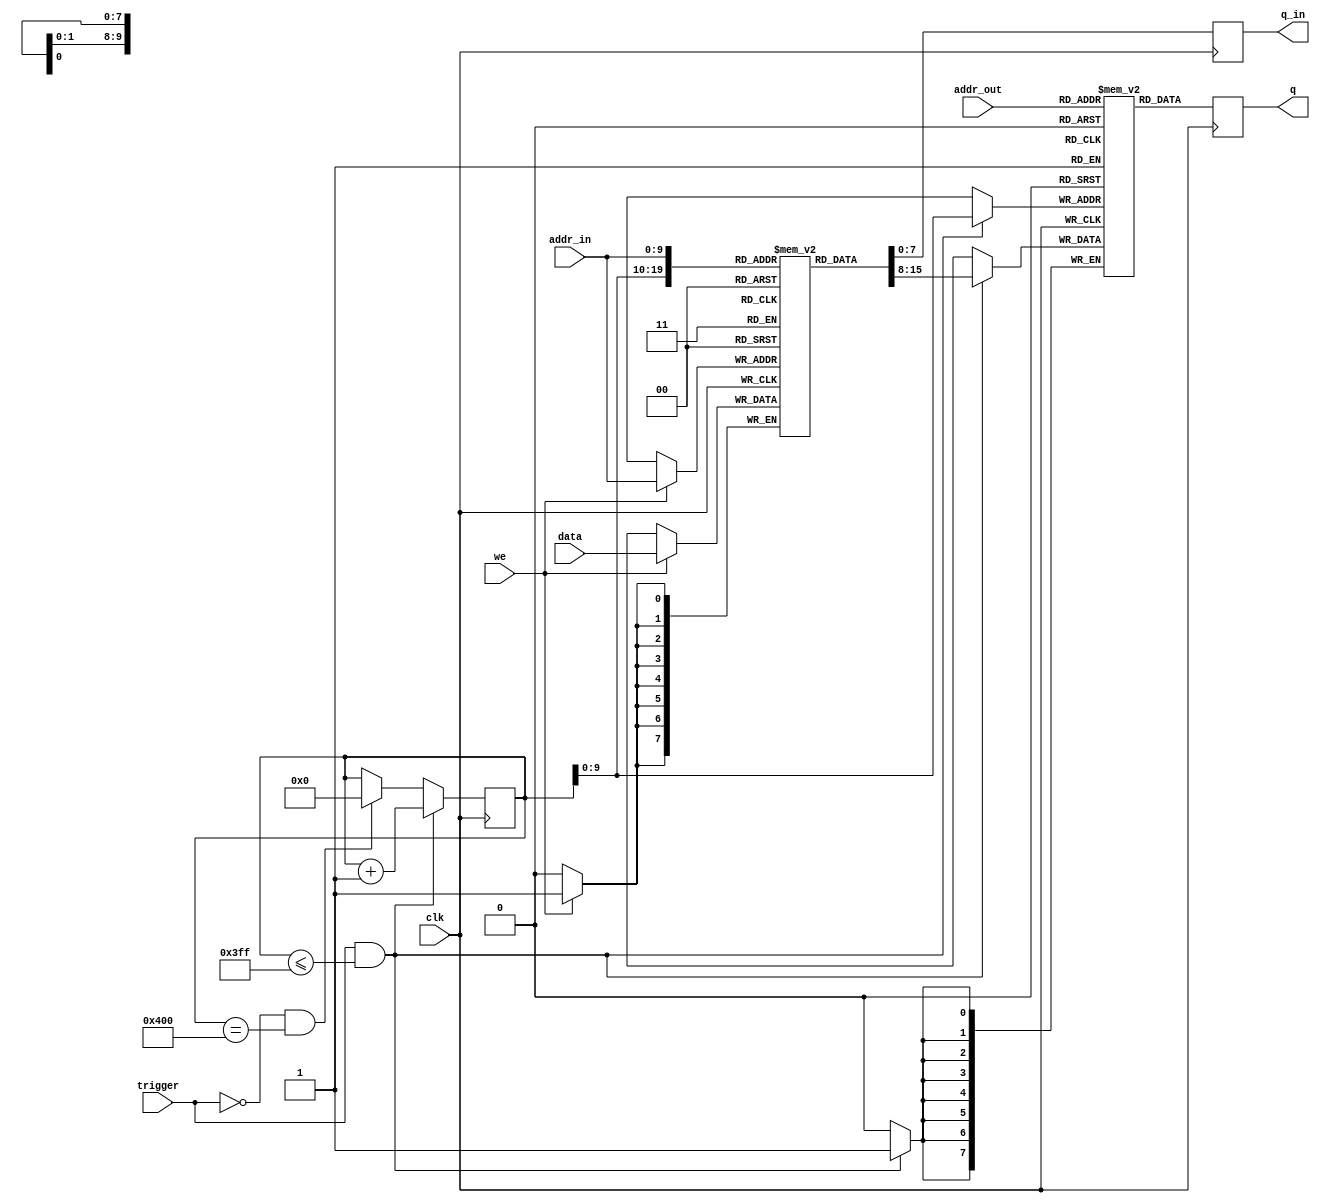
// This program was cloned from: https://github.com/jotego/jtcores
// License: GNU General Public License v3.0

////////// dual ram buffer ///////////////////////
//
//  8-bits dual ram that copy the ram content to 
//  a secondary ram at @posedge of trigger
//  
//
module dual_ram_buffer #(parameter W=10)
(
	input            clk,
  input            trigger, // trigger high to copy ram content
  
  input            we,      // 1st ram write
  input    [W-1:0] addr_in, // 1st ram address
  input      [7:0] data,    // 1st ram data 
  output reg [7:0] q_in,    // 1st ram data out 
  
  input    [W-1:0] addr_out,// 2nd ram addr 
  output reg [7:0] q        // 2nd ram data out
);

(* ramstyle = "no_rw_check" *)reg [7:0]      ram[0:(2**W)-1];
(* ramstyle = "no_rw_check" *)reg [7:0]  ram_out[0:(2**W)-1];

reg [W:0] i = 0;

always @(posedge clk) begin
  if (clk) begin
    if (trigger && i <= (2**W)-1) begin
      ram_out[i[W-1:0]] <= ram[i[W-1:0]];
      i <= i + 1'b1;
      end
    else if (~trigger && i == (2**W))
      i <= 0;

    if (we == 1'b1)
      ram[addr_in] <= data;

    q <= ram_out[addr_out];
    q_in <= ram[addr_in];
  end
end

endmodule